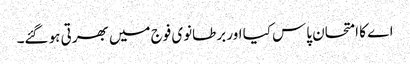
اے کا امتحان پاس کیا اور برطانوی فوج میں بھرتی ہو گئے۔